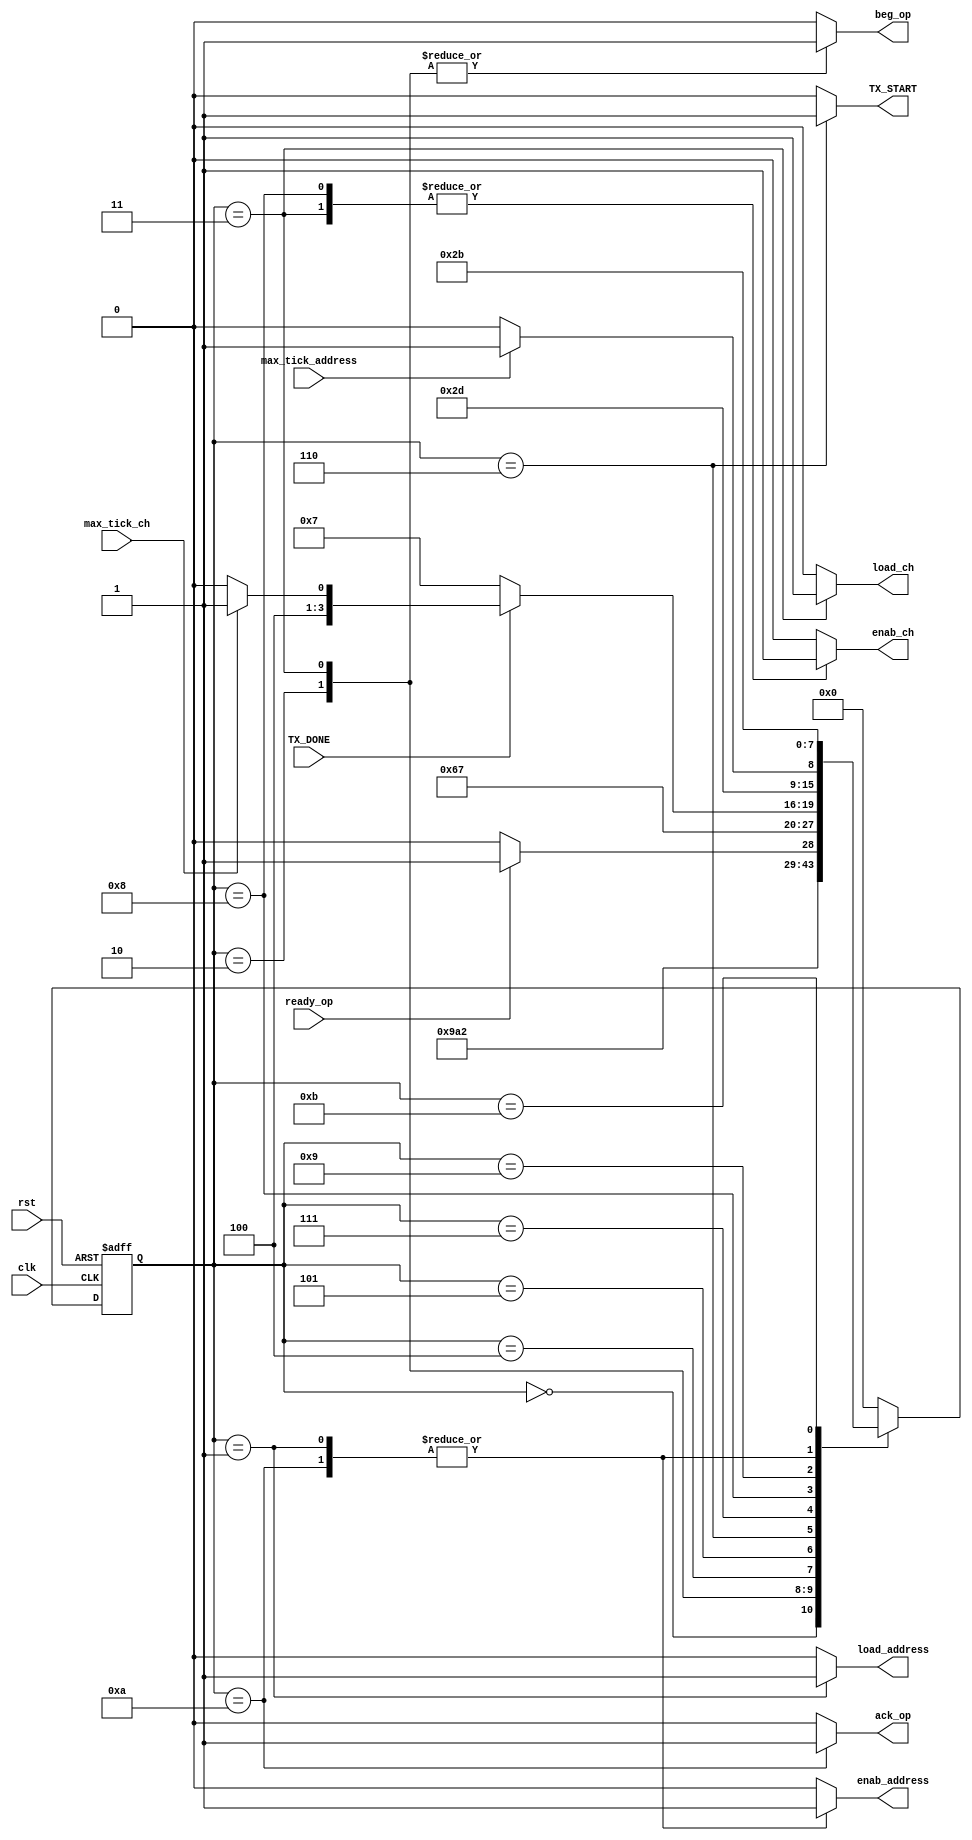
`timescale 1ns / 1ps
//////////////////////////////////////////////////////////////////////////////////
// Company: 
// Engineer: 
// 
// Design Name: 
// Module Name: FSM_test
// Project Name: 
// Target Devices: 
// Tool Versions: 
// Description: 
// 
// Dependencies: 
// 
// Revision:
// Revision 0.01 - File Created
// Additional Comments:
// 
//////////////////////////////////////////////////////////////////////////////////


module FSM_test
(
input wire clk,
input wire rst,
input wire ready_op,
input wire max_tick_address,
input wire max_tick_ch,
input wire TX_DONE,

output reg beg_op,
output reg ack_op,
output reg load_address,
output reg enab_address,
output reg enab_ch,
output reg load_ch,
output reg TX_START
);

//symbolic state declaration
localparam [3:0]    est0 = 4'b0000,
                    est1 = 4'b0001,
                    est2 = 4'b0010,
                    est3 = 4'b0011,
                    est4 = 4'b0100,
                    est5 = 4'b0101, 
                    est6 = 4'b0110,
                    est7 = 4'b0111,
                    est8 = 4'b1000,
                    est9 = 4'b1001,
                    est10 = 4'b1010,
                    est11 = 4'b1011;
//signal declaration
reg [3:0] state_reg, state_next;    //    Guardan el estado actual y el estado futuro, respectivamente.

//state register

always @( posedge clk, posedge rst)
    begin
        if(rst)	// Si hay reset, el estado actual es el estado inicial.
            state_reg <= est0;
        else		//Si no hay reset el estado actual es igual al estado siguiente.
            state_reg <= state_next;
    end
    
//next-state logic and output logic

always @*
    begin
        state_next = state_reg; // default state : the same
        
        //declaration of default outputs. 
        beg_op = 1'b0;
        ack_op = 1'b0;
        load_address = 1'b0;
        enab_address = 1'b0;
        enab_ch = 1'b0;
        load_ch = 1'b0;
        TX_START = 1'b0;
        
        case(state_reg)
        est0:
            begin
                state_next = est1;
            end
        est1:
            begin
                load_address = 1'b1;
                enab_address = 1'b1;
                state_next = est2;
            end
        est2:
            begin
                beg_op = 1'b1;
                state_next=est3;
            end
        est3:
            begin
                beg_op = 1'b1;
                enab_ch = 1'b1;
                load_ch = 1'b1;
                state_next=est4;
            end
        est4:
            begin
                if(ready_op)
                    state_next=est5;
                else
                    state_next=est4;
            end
        est5:
            begin
                state_next=est6;
            end
        est6:
            begin
                TX_START = 1'b1;
                state_next=est7;
            end
        est7:
            begin
                if(TX_DONE)
                    if(max_tick_ch)
                        state_next=est9;
                    else
                        begin
                            state_next=est8;
                        end
                else
                    state_next=est7;
            end
        est8:
            begin
                enab_ch = 1'b1;
                state_next=est5;
            end
        est9:
            begin
                if(max_tick_address)
                    state_next=est11;
                else
                    begin
                        state_next=est10;
                    end
            end
        est10:
            begin
                enab_address = 1'b1;
                ack_op = 1'b1;
                state_next=est2;
            end
        est11:
            begin
                state_next=est11;
            end
        default:
            state_next=est0;
        endcase
    end

endmodule